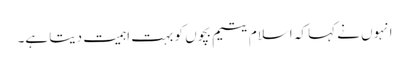
انہوں نے کہا کہ اسلام یتیم بچوں کو بہت اہمیت دیتا ہے۔